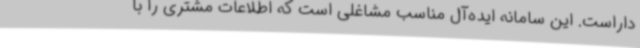
داراست. این سامانه ایده‌آل مناسب مشاغلی است که اطلاعات مشتری را با